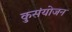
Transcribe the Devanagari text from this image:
कुसंयोजन